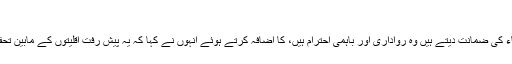
"
کلیدی عوامل جو ایک سماج کی نشوونما اور بقاء کی ضمانت دیتے ہیں وہ رواداری اور باہمی احترام ہیں، کا اضافہ کرتے ہوئے انہوں نے کہا کہ یہ پیش رفت اقلیتوں کے مابین تحفظ کے ایک بڑھتے ہوئے احساس کا نتیجہ ہے۔